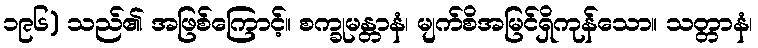
၁၉၆) သည်၏ အဖြစ်ကြောင့်။ စက္ခုမန္တာနံ၊ မျက်စိအမြင်ရှိကုန်သော။ သတ္တာနံ၊